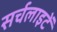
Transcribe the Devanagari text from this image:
सर्चलाइटें